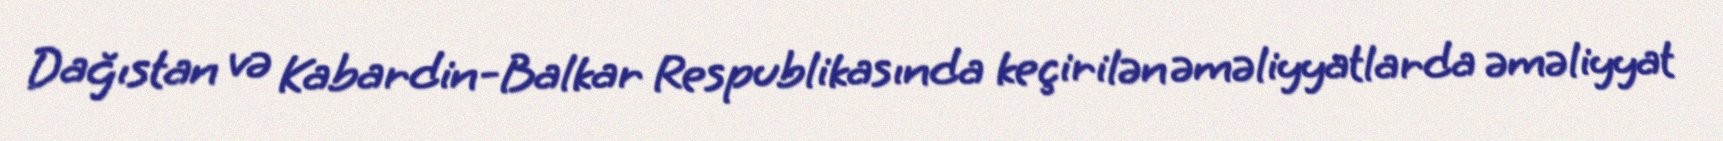
Dağıstan və Kabardin-Balkar Respublikasında keçirilən əməliyyatlarda əməliyyat